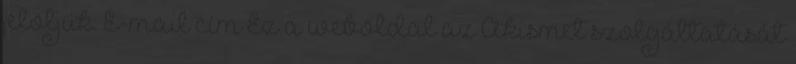
jelöljük. E-mail cím Ez a weboldal az Akismet szolgáltatását